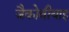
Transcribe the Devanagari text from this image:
जैकोबीयाइ